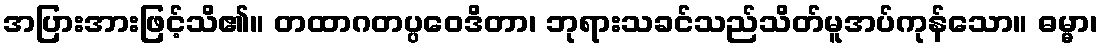
အပြားအားဖြင့်သိ၏။ တထာဂတပ္ပဝေဒိတာ၊ ဘုရားသခင်သည်သိတ်မူအပ်ကုန်သော။ ဓမ္မာ၊